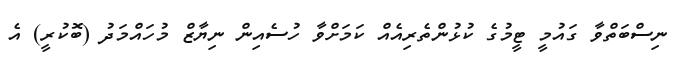
ނިސްބަތްވާ ގައުމީ ޓީމުގެ ކުޅުންތެރިއެއް ކަމަށްވާ ހުސެއިން ނިޔާޒް މުހައްމަދު (ބޮކުރީ) އެ